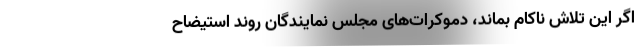
اگر این تلاش ناکام بماند، دموکرات‌های مجلس نمایندگان روند استیضاح